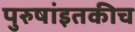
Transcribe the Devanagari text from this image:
पुरुषांइतकीच